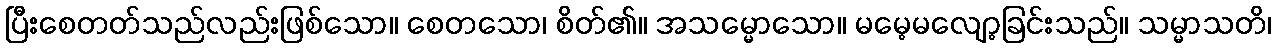
ပြီးစေတတ်သည်လည်းဖြစ်သော။ စေတသော၊ စိတ်၏။ အသမ္မောသော။ မမေ့မလျော့ခြင်းသည်။ သမ္မာသတိ၊